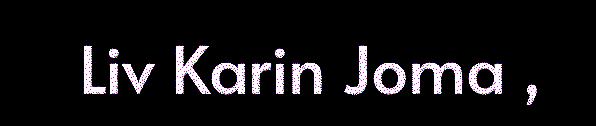
Liv Karin Joma ,